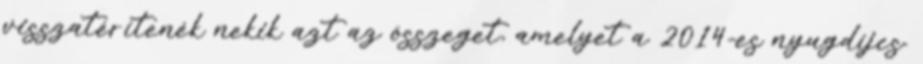
visszatérítenék nekik azt az összeget, amelyet a 2014-es nyugdíjcs.